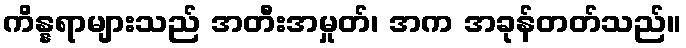
ကိန္နရာများသည် အတီးအမှုတ်၊ အက အခုန်တတ်သည်။